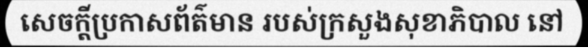
សេចក្តីប្រកាសព័ត៌មាន របស់ក្រសួងសុខាភិបាល នៅ